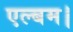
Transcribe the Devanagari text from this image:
एल्बम।